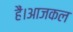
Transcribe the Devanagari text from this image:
हैं।आजकल